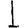
Digit: 1